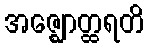
အဇ္ဈောတ္ထရတိ